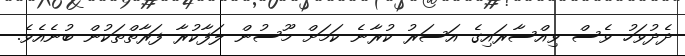
ދެދުވަހު ވެސް ވިއްސާރައިގެ އަސަރު ކުރާނެ ކަމަށް މޫސުން ލަފާކުރާ ފަރާތްތަކުން ބުނެއެވެ.